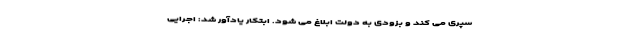
سپری می کند و بزودی به دولت ابلاغ می شود. ابتکار یادآور شد: اجرایی